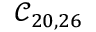
\mathcal { C } _ { 2 0 , 2 6 }